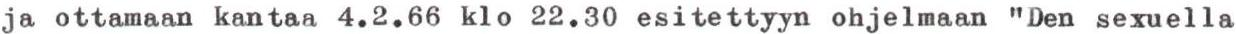
ja ottamaan kantaa 4.2.66 klo 22.30 esitettyyn ohjelmaan "Den sexuella